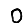
Digit: 0